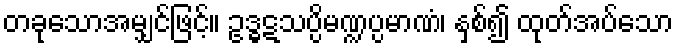
တခုသောအမျှင်ဖြင့်။ ဥဒ္ဓဋသပ္ပိမဏ္ဍပ္ပမာဏံ၊ နှစ်၍ ထုတ်အပ်သော